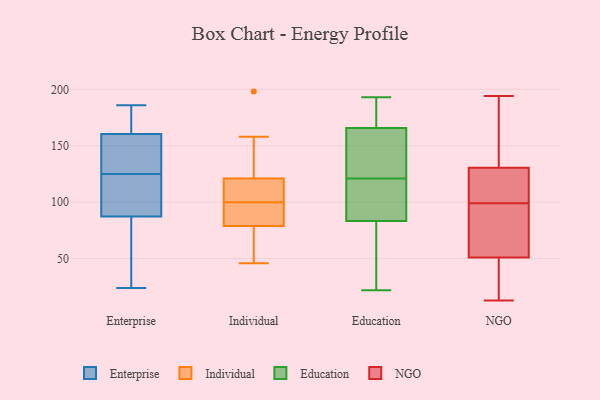
{"axis": {"x": "Tickets Resolved", "y": "Value"}, "legend": ["Education", "Enterprise", "Individual", "NGO"], "data": [{"x": "", "y": 155, "type": "Enterprise"}, {"x": "", "y": 173, "type": "Enterprise"}, {"x": "", "y": 168, "type": "Enterprise"}, {"x": "", "y": 94, "type": "Enterprise"}, {"x": "", "y": 105, "type": "Enterprise"}, {"x": "", "y": 47, "type": "Enterprise"}, {"x": "", "y": 186, "type": "Enterprise"}, {"x": "", "y": 38, "type": "Enterprise"}, {"x": "", "y": 91, "type": "Enterprise"}, {"x": "", "y": 125, "type": "Enterprise"}, {"x": "", "y": 158, "type": "Enterprise"}, {"x": "", "y": 156, "type": "Enterprise"}, {"x": "", "y": 24, "type": "Enterprise"}, {"x": "", "y": 170, "type": "Enterprise"}, {"x": "", "y": 106, "type": "Enterprise"}, {"x": "", "y": 76, "type": "Enterprise"}, {"x": "", "y": 149, "type": "Enterprise"}, {"x": "", "y": 121, "type": "Individual"}, {"x": "", "y": 79, "type": "Individual"}, {"x": "", "y": 79, "type": "Individual"}, {"x": "", "y": 68, "type": "Individual"}, {"x": "", "y": 158, "type": "Individual"}, {"x": "", "y": 106, "type": "Individual"}, {"x": "", "y": 92, "type": "Individual"}, {"x": "", "y": 105, "type": "Individual"}, {"x": "", "y": 117, "type": "Individual"}, {"x": "", "y": 46, "type": "Individual"}, {"x": "", "y": 198, "type": "Individual"}, {"x": "", "y": 76, "type": "Individual"}, {"x": "", "y": 95, "type": "Individual"}, {"x": "", "y": 158, "type": "Individual"}, {"x": "", "y": 193, "type": "Education"}, {"x": "", "y": 23, "type": "Education"}, {"x": "", "y": 87, "type": "Education"}, {"x": "", "y": 121, "type": "Education"}, {"x": "", "y": 176, "type": "Education"}, {"x": "", "y": 22, "type": "Education"}, {"x": "", "y": 97, "type": "Education"}, {"x": "", "y": 167, "type": "Education"}, {"x": "", "y": 145, "type": "Education"}, {"x": "", "y": 130, "type": "Education"}, {"x": "", "y": 162, "type": "Education"}, {"x": "", "y": 95, "type": "Education"}, {"x": "", "y": 176, "type": "Education"}, {"x": "", "y": 82, "type": "Education"}, {"x": "", "y": 22, "type": "Education"}, {"x": "", "y": 180, "type": "NGO"}, {"x": "", "y": 122, "type": "NGO"}, {"x": "", "y": 99, "type": "NGO"}, {"x": "", "y": 138, "type": "NGO"}, {"x": "", "y": 165, "type": "NGO"}, {"x": "", "y": 53, "type": "NGO"}, {"x": "", "y": 13, "type": "NGO"}, {"x": "", "y": 76, "type": "NGO"}, {"x": "", "y": 116, "type": "NGO"}, {"x": "", "y": 194, "type": "NGO"}, {"x": "", "y": 78, "type": "NGO"}, {"x": "", "y": 120, "type": "NGO"}, {"x": "", "y": 45, "type": "NGO"}, {"x": "", "y": 28, "type": "NGO"}, {"x": "", "y": 128, "type": "NGO"}, {"x": "", "y": 72, "type": "NGO"}, {"x": "", "y": 35, "type": "NGO"}]}